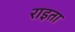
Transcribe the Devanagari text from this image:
राइता